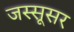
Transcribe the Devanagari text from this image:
जस्सूसर